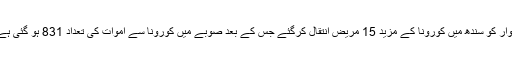
اتوار کو سندھ میں کورونا کے مزید 15 مریض انتقال کرگئے جس کے بعد صوبے میں کورونا سے اموات کی تعداد 831 ہو گئی ہے۔